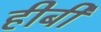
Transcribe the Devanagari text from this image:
हीबी